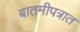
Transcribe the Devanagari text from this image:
बातमीपत्रात